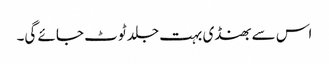
اس سے بھنڈی بہت جلد ٹوٹ جائے گی۔